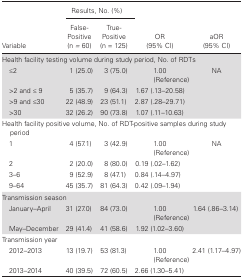
<table><thead><tr><td rowspan="2"><b>Variable</b></td><td colspan="2"><b>Results, No. (%)</b></td><td rowspan="2"><b>OR (95% CI)</b></td><td rowspan="2"><b>aOR (95% CI)</b></td></tr><tr><td><b>False- Positive(n <i>=</i> 60)</b></td><td><b>True- Positive (n = 125)</b></td></tr></thead><tbody><tr><td colspan="5">Health facility testing volume during study period, No. of RDTs</td></tr><tr><td> ≤2</td><td>1 (25.0)</td><td>3 (75.0)</td><td>1.00 (Reference)</td><td rowspan="4">NA</td></tr><tr><td> &gt;2 and ≤ 9</td><td>5 (35.7)</td><td>9 (64.3)</td><td>1.67 (.13–20.58)</td></tr><tr><td> &gt;9 and ≤30</td><td>22 (48.9)</td><td>23 (51.1)</td><td>2.87 (.28–29.71)</td></tr><tr><td> &gt;30</td><td>32 (26.2)</td><td>90 (73.8)</td><td>1.07 (.11–10.63)</td></tr><tr><td colspan="5">Health facility positive volume, No. of RDT-positive samples during study period</td></tr><tr><td> 1</td><td>4 (57.1)</td><td>3 (42.9)</td><td>1.00 (Reference)</td><td rowspan="4">NA</td></tr><tr><td> 2</td><td>2 (20.0)</td><td>8 (80.0)</td><td>0.19 (.02–1.62)</td></tr><tr><td> 3–6</td><td>9 (52.9)</td><td>8 (47.1)</td><td>0.84 (.14–4.97)</td></tr><tr><td> 9–64</td><td>45 (35.7)</td><td>81 (64.3)</td><td>0.42 (.09–1.94)</td></tr><tr><td colspan="2">Transmission season</td><td></td><td></td><td></td></tr><tr><td> January–April</td><td>31 (27.0)</td><td>84 (73.0)</td><td>1.00 (Reference)</td><td rowspan="2">1.64 (.86–3.14)</td></tr><tr><td> May–December</td><td>29 (41.4)</td><td>41 (58.6)</td><td>1.92 (1.02–3.60)</td></tr><tr><td>Transmission year</td><td></td><td></td><td></td><td></td></tr><tr><td> 2012–2013</td><td>13 (19.7)</td><td>53 (81.3)</td><td>1.00 (Reference)</td><td rowspan="2">2.41 (1.17–4.97)</td></tr><tr><td> 2013–2014</td><td>40 (39.5)</td><td>72 (60.5)</td><td>2.66 (1.30–5.41)</td></tr></tbody></table>